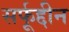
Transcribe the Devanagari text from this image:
सर्फूद्दीन